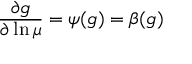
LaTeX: \displaystyle { \frac { \partial g } { \partial \ln \mu } } = \psi ( g ) = \beta ( g )